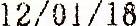
12/01/18